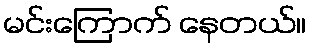
မင်းကြောက် နေတယ်။